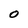
Character: 0